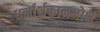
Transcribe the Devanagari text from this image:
धर्मार्थकाममोक्षं